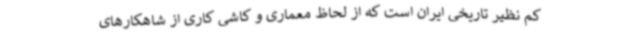
کم نظیر تاریخی ایران است که از لحاظ معماری و کاشی کاری از شاهکارهای